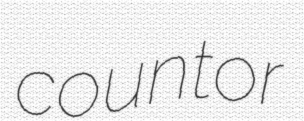
countor